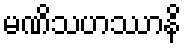
မဏိသဟဿာနိ